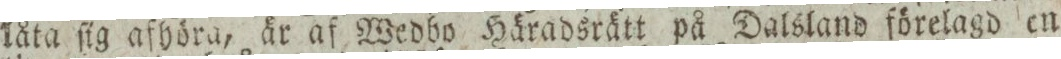
låta ſig afhöra, är af Wedbo Häradsrätt på Dalsland förelagd en